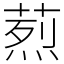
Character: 𦶣